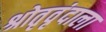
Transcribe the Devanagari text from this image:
श्रोतृवृंदाला